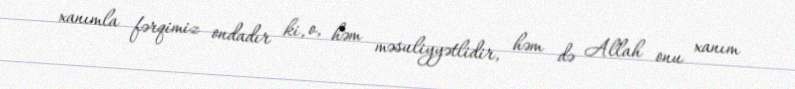
xanımla fərqimiz ondadır ki, o, həm məsuliyyətlidir, həm də Allah onu xanım